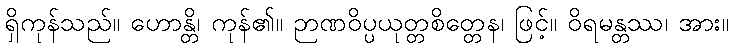
ရှိကုန်သည်။ ဟောန္တိ၊ ကုန်၏။ ဉာဏဝိပ္ပယုတ္တစိတ္တေန၊ ဖြင့်။ ဝိရမန္တဿ၊ အား။